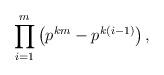
LaTeX: \begin{align*}\prod_{i=1}^m \left(p^{km}-p^{k(i-1)}\right),\end{align*}